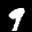
Label: 9